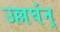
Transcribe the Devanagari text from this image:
उल्लघंन्